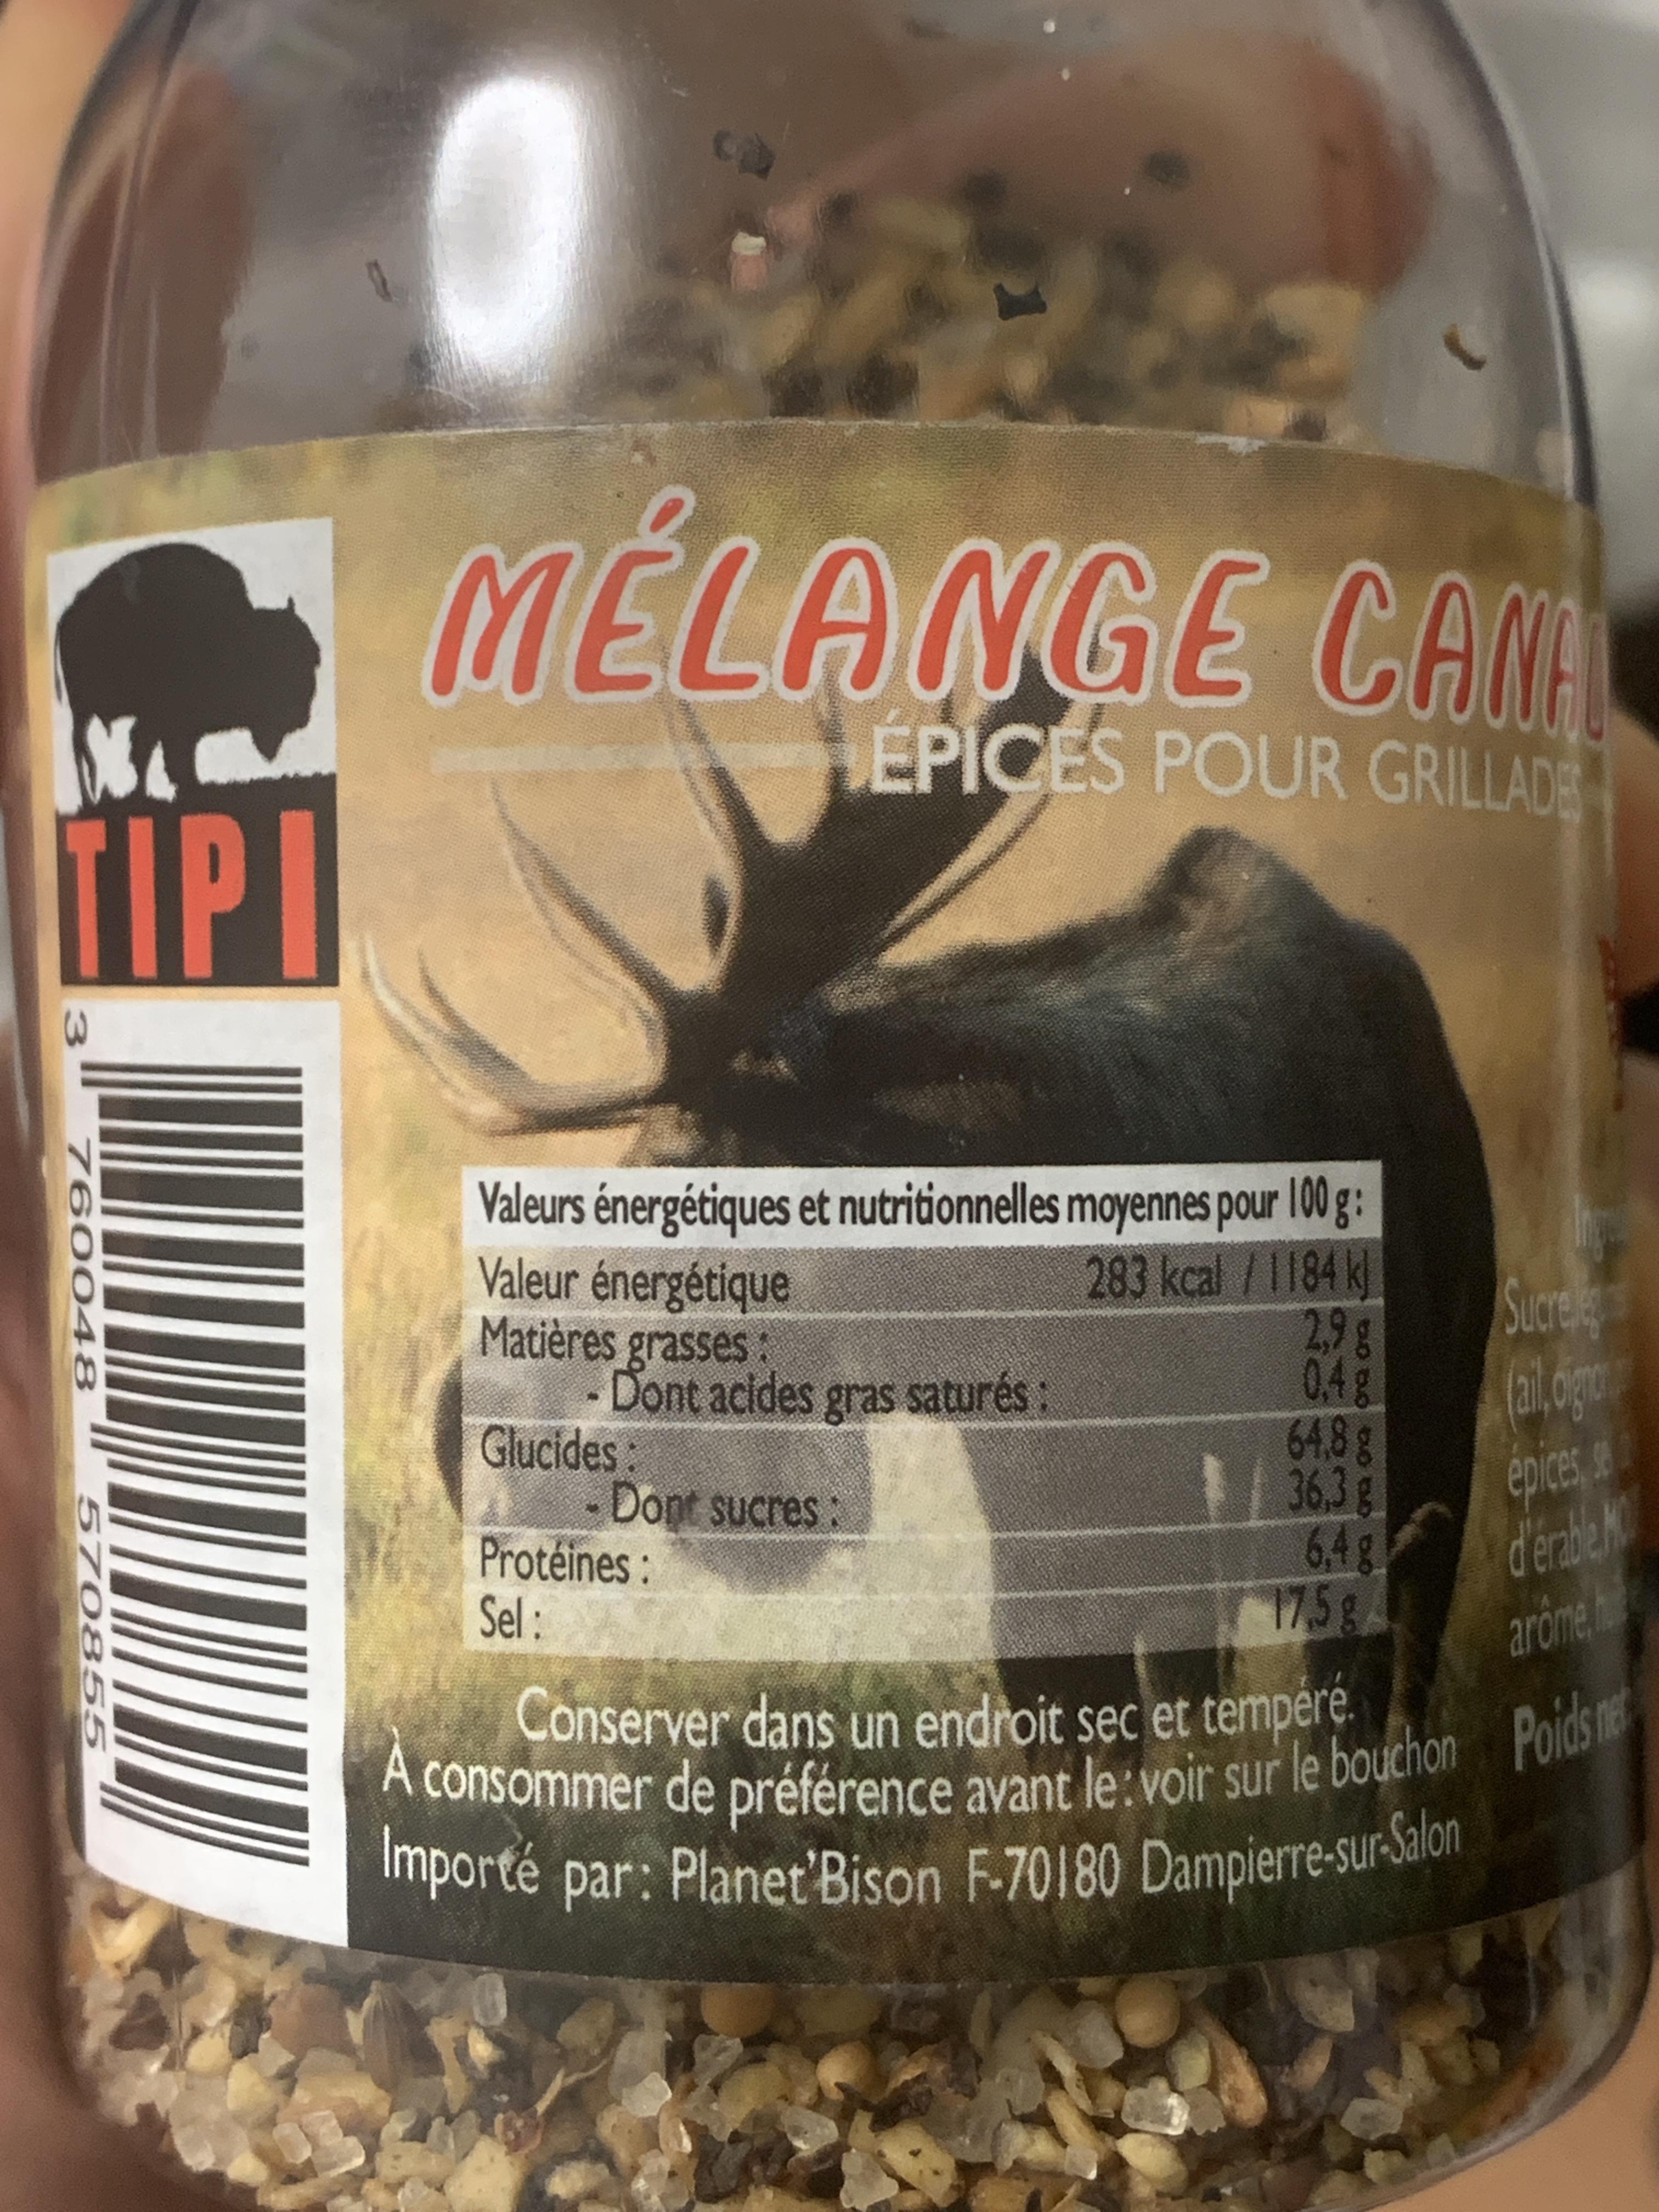
MÉLANGE CA
ÉPICES POUR GRILLADE
TIPI
Valeurs énergétiques et nutritionnelles moyennes pour 100 g: Valeur énergétique Matières grasses: - Dont acides gras saturés: Glucides: Dont sucres: Protéines : Sel :
283kcal/1184 k 2,9g 0.4g 64.8 g 36,3 g 648 175g
Sucrek
epices, e
d'erbe
arôme
Conserver dans un endroit sec et tempere. A consommer de préférence avant le oir sur le bouchon POICS Importé par: Planet'Bison F-70180 Dampierre-sur-Salon
Poidsme
760048
570855